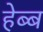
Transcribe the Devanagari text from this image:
हेब्ब